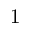
1